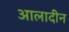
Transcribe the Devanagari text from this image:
आलादीन